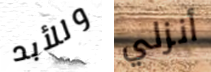
وللأبد أنزلي